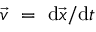
{ \vec { v } } { \mathrm { ~ } } = { \mathrm { ~ d } } { \vec { x } } / { \mathrm { d } } t